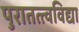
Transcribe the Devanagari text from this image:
पुरातत्त्वविद्या